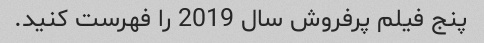
پنج فیلم پرفروش سال 2019 را فهرست کنید.